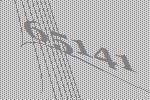
65141